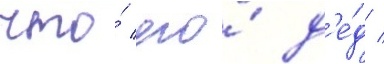
что́ его́ д'е́д /